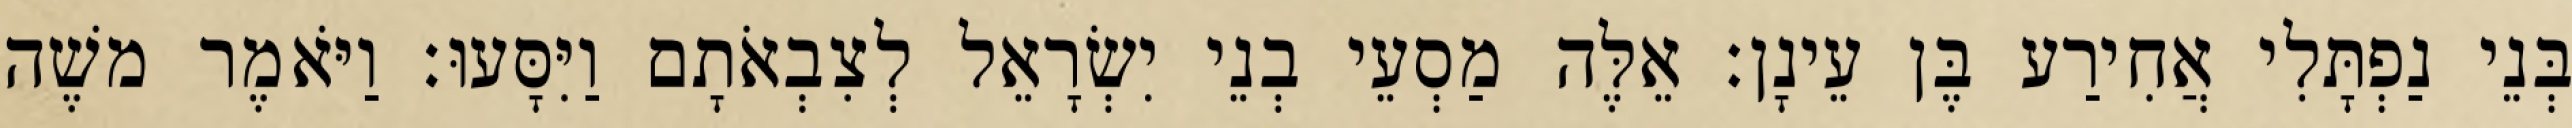
בְּנֵי נַפְתָּלִי אֲחִירַע בֶּן עֵינָן׃ אֵלֶּה מַסְעֵי בְנֵי יִשְׂרָאֵל לְצִבְאֹתָם וַיִּסָּעוּ׃ וַיֹּאמֶר משֶׁה